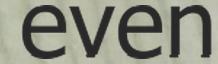
even